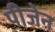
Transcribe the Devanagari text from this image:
पीजेन